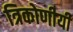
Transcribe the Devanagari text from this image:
त्रिकोणीयी